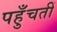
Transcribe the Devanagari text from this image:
पहुँचतीं